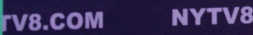
TV8.COM NYTV8